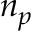
n _ { p }